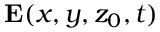
\mathbf { E } ( x , y , z _ { 0 } , t )